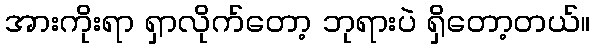
အားကိုးရာ ရှာလိုက်တော့ ဘုရားပဲ ရှိတော့တယ်။